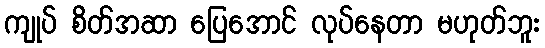
ကျုပ် စိတ်အဆာ ပြေအောင် လုပ်နေတာ မဟုတ်ဘူး